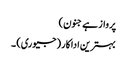
پرواز ہے جنون)
بہترین اداکار (جیوری) ۔